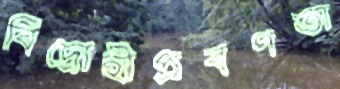
বিদ্রোহীপ্রবণতা